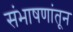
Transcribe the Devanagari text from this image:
संभाषणांतून